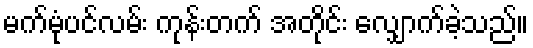
မက်မုံပင်လမ်း ကုန်းတက် အတိုင်း လျှောက်ခဲ့သည်။